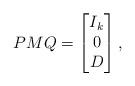
LaTeX: \begin{align*} P M Q = \begin{bmatrix} I_k \\ 0 \\ D \end{bmatrix} ,\end{align*}